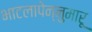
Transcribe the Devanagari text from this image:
भाटलापेन्नुमारू